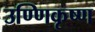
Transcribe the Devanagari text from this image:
उण्णिकृष्ण